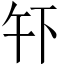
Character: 𫠧